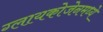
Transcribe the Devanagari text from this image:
ग्लायकोजेनमध्ये